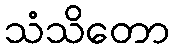
သံသိတော